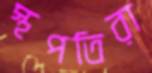
স্থপতিরা